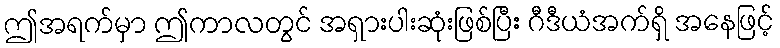
ဤအရက်မှာ ဤကာလတွင် အရှားပါးဆုံးဖြစ်ပြီး ဂီဒီယံအက်ရှိ အနေဖြင့်